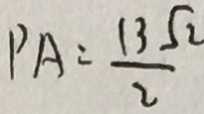
P A = \frac { 1 3 \sqrt { 2 } } { 2 }